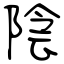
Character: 陰